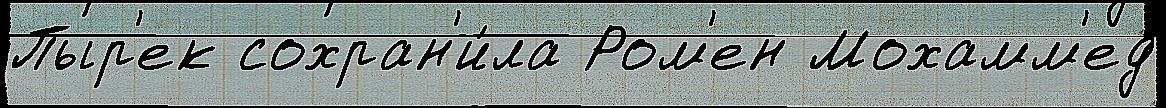
Пыр'ек сохран'и́ла Ром'ен Мохамм'ед